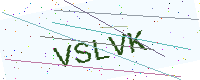
Text: VSLVK